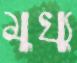
মুখ্যু